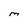
Character: M